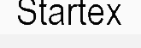
Startex